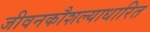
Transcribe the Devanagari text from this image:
जीवनकौशल्याधारित